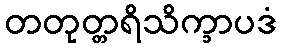
တတုတ္တရိသိက္ခာပဒံ